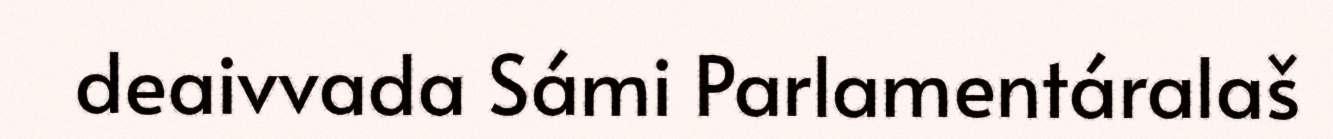
deaivvada Sámi Parlamentáralaš